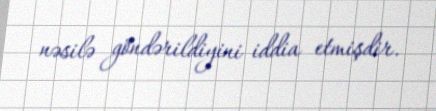
nəsilə göndərildiyini iddia etmişdir.